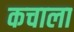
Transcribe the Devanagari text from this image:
कचाला